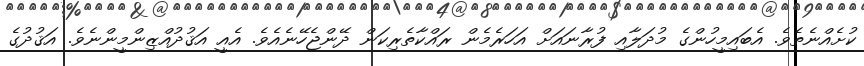
ކުށެއްނެތެވެ. އެބައިމީހުންގެ މުދަލާއި ފުރާނައަށް އަހަރެމެން ރައްކާތެރިކަން ދޭންޖެހޭނެއެވެ. އެއީ އަޤުދުއްޒިންމީންނެވެ. އަޤުދުގެ